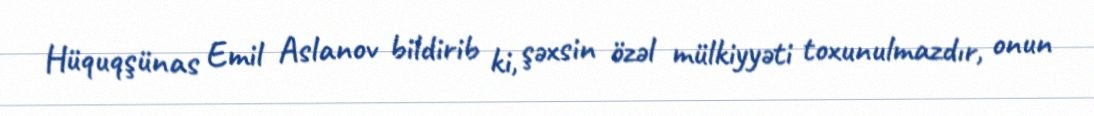
Hüquqşünas Emil Aslanov bildirib ki, şəxsin özəl mülkiyyəti toxunulmazdır, onun